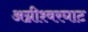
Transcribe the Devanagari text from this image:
अग्नीश्वरघाट